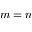
m = n